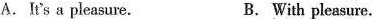
A.It's a pleasure. B. With pleasure.